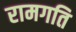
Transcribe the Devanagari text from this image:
रामगति